画像に写った文字を読んでください
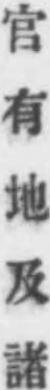
「官有地及諸」と書いてあります